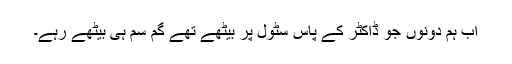
اب ہم دونوں جو ڈاکٹر کے پاس سٹول پر بیٹھے تھے گم سم ہی بیٹھے رہے۔